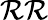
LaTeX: \mathcal{R}\mathcal{R}